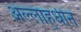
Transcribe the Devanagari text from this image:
अल्लाह्धीन